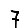
Digit: 7